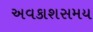
અવકાશસમય